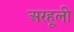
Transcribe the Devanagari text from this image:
अरहूली